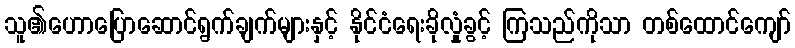
သူ၏ဟောပြောဆောင်ရွက်ချက်များနှင့် နိုင်ငံရေးခိုလှုံခွင့် ကြသည်ကိုသာ တစ်ထောင်ကျော်